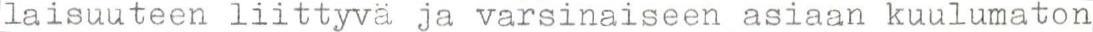
laisuuteen liittyvä ja varsinaiseen asiaan kuulumaton